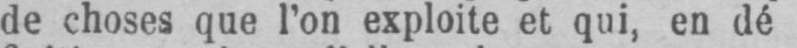
de choses que l’on exploite et qui, en dé